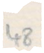
48